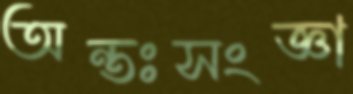
অন্তঃসংজ্ঞা